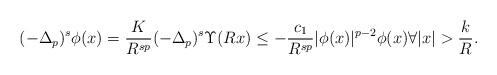
LaTeX: \begin{align*} (-\Delta_p)^s \phi(x)=\dfrac{K}{R^{sp}}(-\Delta_p)^s \Upsilon(Rx) \le -\dfrac{c_1}{R^{sp}}|\phi(x)|^{p-2}\phi(x) \forall |x|>\dfrac{k}{R}. \end{align*}